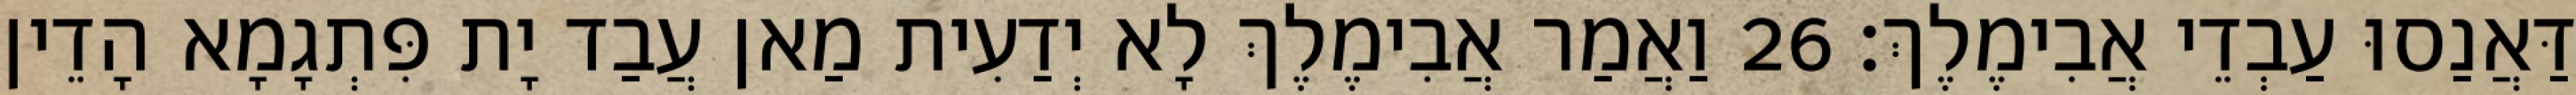
דַּאֲנַסוּ עַבְדֵי אֲבִימֶלֶךְ׃ 26 וַאֲמַר אֲבִימֶלֶךְ לָא יְדַעִית מַאן עֲבַד יָת פִּתְגָמָא הָדֵין